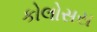
કોલોસસ